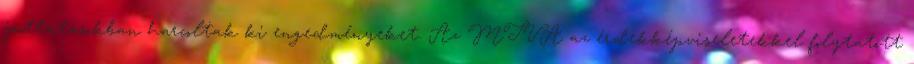
juttatásokban harcoltak ki engedményeket. Az MTVA az érdekképviseletekkel folytatott